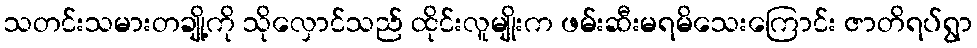
သတင်းသမားတချို့ကို သိုလှောင်သည် ထိုင်းလူမျိုးက ဖမ်းဆီးမရမိသေးကြောင်း ဇာတိရပ်ရွာ